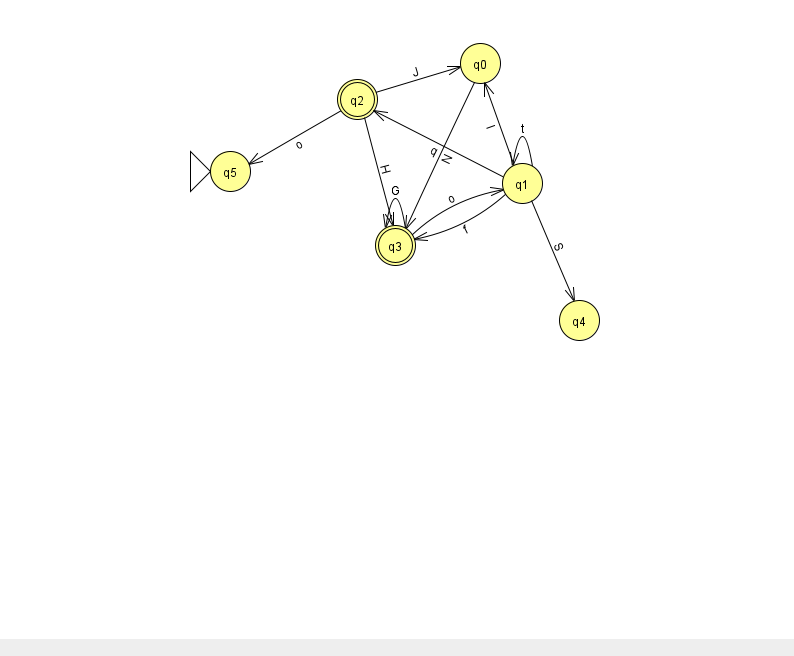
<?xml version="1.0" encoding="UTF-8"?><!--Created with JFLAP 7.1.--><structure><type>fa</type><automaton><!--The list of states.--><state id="0" name="q0"><x>480.0</x><y>50.0</y></state><state id="1" name="q1"><x>522.0</x><y>170.0</y></state><state id="2" name="q2"><x>357.0</x><y>86.0</y><final/></state><state id="3" name="q3"><x>395.0</x><y>232.0</y><final/></state><state id="4" name="q4"><x>579.0</x><y>307.0</y></state><state id="5" name="q5"><x>230.0</x><y>158.0</y><initial/></state><!--The list of transitions.--><transition><from>1</from><to>0</to><read>l</read></transition><transition><from>2</from><to>5</to><read>o</read></transition><transition><from>1</from><to>3</to><read>f</read></transition><transition><from>1</from><to>1</to><read>t</read></transition><transition><from>0</from><to>3</to><read>N</read></transition><transition><from>1</from><to>4</to><read>S</read></transition><transition><from>2</from><to>3</to><read>H</read></transition><transition><from>3</from><to>3</to><read>G</read></transition><transition><from>3</from><to>1</to><read>o</read></transition><transition><from>1</from><to>2</to><read>q</read></transition><transition><from>2</from><to>0</to><read>J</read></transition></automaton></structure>